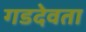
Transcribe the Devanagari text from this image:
गडदेवता